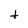
Character: t